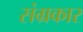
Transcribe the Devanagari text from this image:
संग्रकार